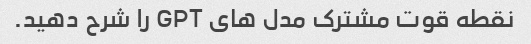
نقطه قوت مشترک مدل های GPT را شرح دهید.